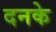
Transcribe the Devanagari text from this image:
दनके